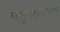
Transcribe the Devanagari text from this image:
वसुरक्षात्मक